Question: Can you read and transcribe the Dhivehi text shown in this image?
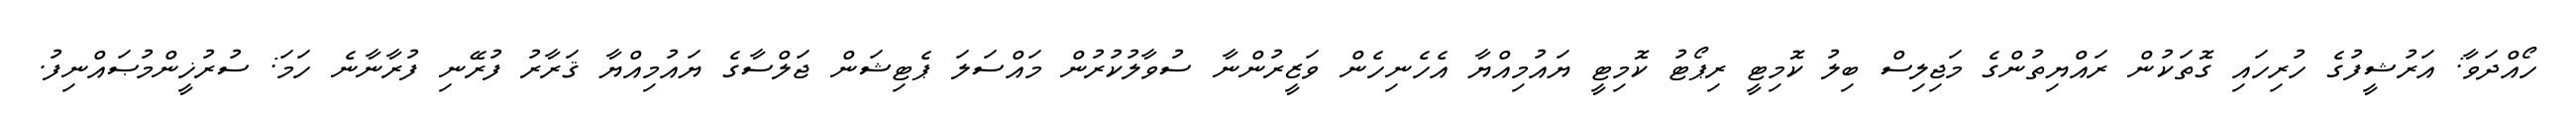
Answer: ހޯއްދަވާ: އަރުޝީފުގެ ހުރިހައި ގޮތަކުން ރައްޔިތުންގެ މަޖިލިސް ބިލު ކޮމިޓީ ރިޕޯޓު ކޮމިޓީ ޔައުމިއްޔާ އެހެނިހެން ވަޒީރުންނާ ސުވާލުކުރުން މައްސަލަ ޕެޓިޝަން ޖަލްސާގެ ޔައުމިއްޔާ ޤަރާރު ފުރޭނި ފުރާނާނެ ހަމަ: ސުރުޚީންމުޞައްނިފު.